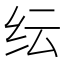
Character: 纭